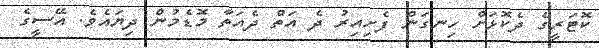
ކޮޓަރީގެ ދެކޮޅަށް ހިނގަން ފެށިއިރު ދެ އަތް ދެއަތާ މޮޑެމުން ދިޔައެވެ. އޭސީގެ